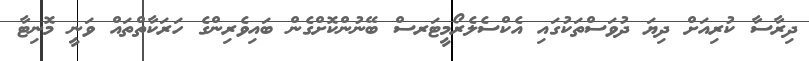
ދިރާސާ ކުރިއަށް ދިޔަ ދުވަސްތަކުގައި އެކްސެލެރޯމީޓަރސް ބޭނުންކޮށްގެން ބައިވެރިންގެ ހަރަކާތްތައް ވަނީ މޮނިޓާ